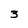
Character: 3